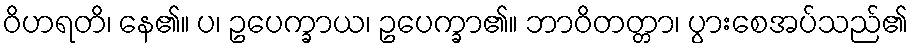
ဝိဟရတိ၊ နေ၏။ ပ၊ ဥပေက္ခာယ၊ ဥပေက္ခာ၏။ ဘာဝိတတ္တာ၊ ပွားစေအပ်သည်၏